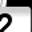
Digit: 2